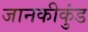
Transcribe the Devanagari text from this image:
जानकीकुंड